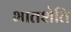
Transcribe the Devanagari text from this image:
भातशेति